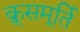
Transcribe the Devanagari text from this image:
क्रूसमूर्ति